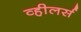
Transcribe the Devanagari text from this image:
व्हीलर्स